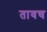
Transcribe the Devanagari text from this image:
तावच